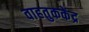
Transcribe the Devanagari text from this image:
वाहतुककेंद्र